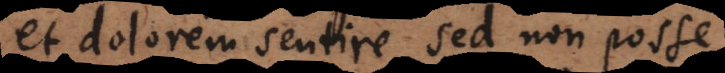
et dolorem sentire sed non posse